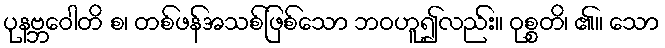
ပုနဗ္ဘဝေါတိ စ၊ တစ်ဖန်အသစ်ဖြစ်သော ဘဝဟူ၍လည်း။ ဝုစ္စတိ၊ ၏။ သော